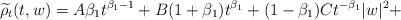
LaTeX: \begin{align*}\widetilde{\rho}_t(t,w)= A \beta_1 t^{\beta_1-1} + B(1+\beta_1)t^{\beta_1} + (1-\beta_1) C t^{-\beta_1}|w|^2 +\end{align*}